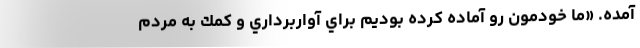
آمده. «ما خودمون رو آماده كرده بوديم براي آوار‌برداري و كمك به مردم